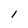
Character: l